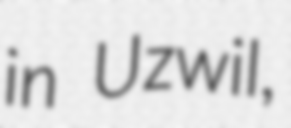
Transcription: in Uzwil,